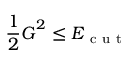
\frac { 1 } { 2 } \boldsymbol { G } ^ { 2 } \le E _ { \mathrm { ~ c ~ u ~ t ~ } }